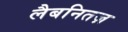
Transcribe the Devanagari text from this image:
लैबनितज़